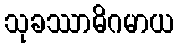
သုခဿာဓိဂမာယ